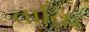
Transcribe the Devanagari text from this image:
ताक़ि